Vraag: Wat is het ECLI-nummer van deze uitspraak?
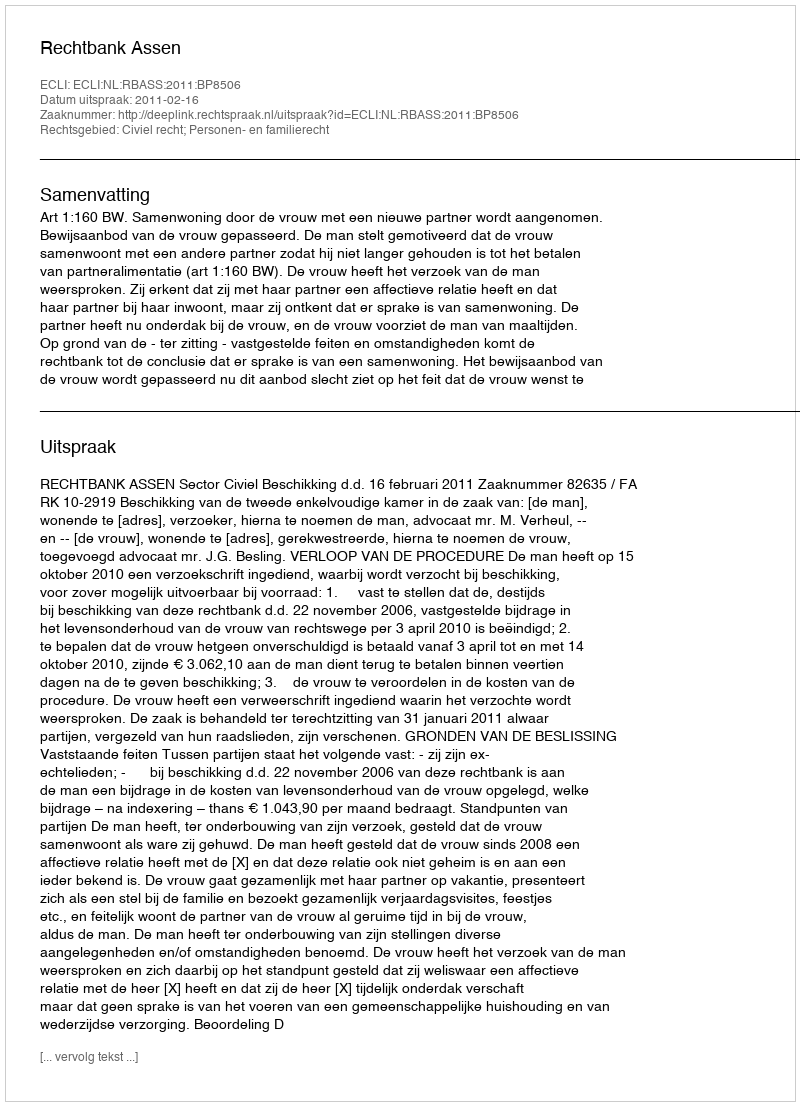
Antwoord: ECLI:NL:RBASS:2011:BP8506